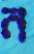
ন